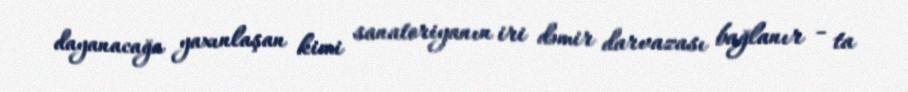
dayanacağa yaxınlaşan kimi sanatoriyanın iri dəmir darvazası bağlanır - ta